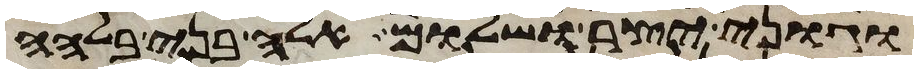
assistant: וגוני יצר ושלום אלה בני בלהה